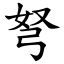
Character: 弩